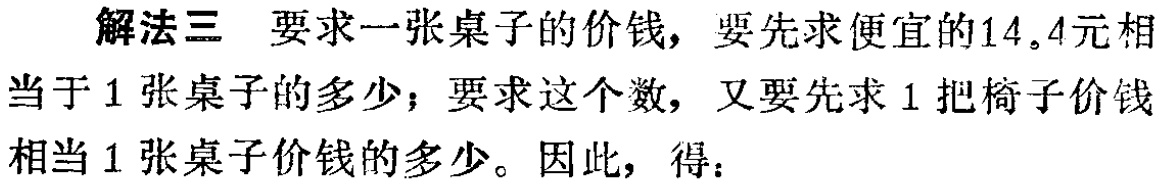
解法三 要求一张桌子的价钱，要先求便宜的14.4元相当于1张桌子的多少；要求这个数，又要先求1把椅子价钱相当1张桌子价钱的多少。因此，得：